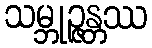
သမ္ဘုဉ္ဇန္တဿ